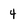
Character: 4